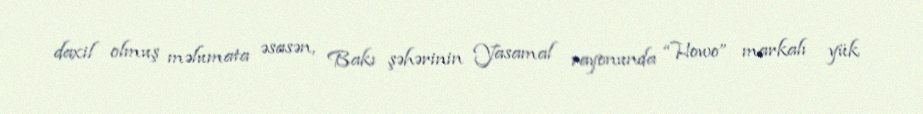
daxil olmuş məlumata əsasən, Bakı şəhərinin Yasamal rayonunda “Howo” markalı yük